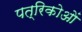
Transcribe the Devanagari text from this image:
पत्रिकोओं